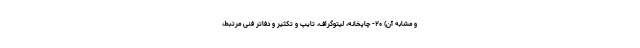
و مشابه آن) ۲۰- چاپخانه، لیتوگراف، تایپ و تکثیر و دفاتر فنی مرتبط،